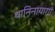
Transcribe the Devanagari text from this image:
थानिनायागा